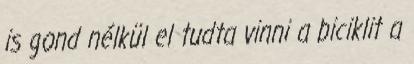
is gond nélkül el tudta vinni a biciklit a